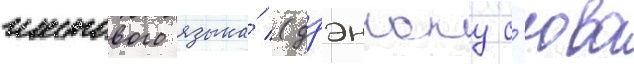
жестового языка́ (дзэнкоку с'юва